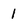
Character: 1